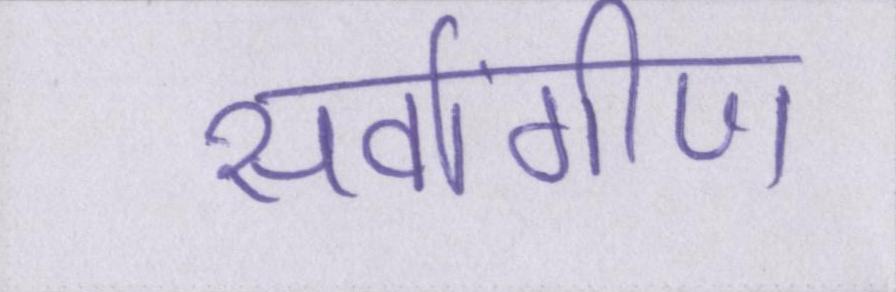
सर्वांगीण